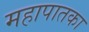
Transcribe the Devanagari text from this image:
महापातका